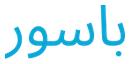
باسور